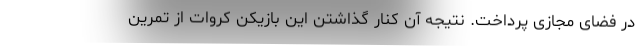
در فضای مجازی پرداخت. نتیجه آن کنار گذاشتن این بازیکن کروات از تمرین